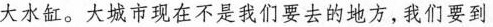
大水缸。大城市现在不是我们要去的地方，我们要到